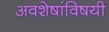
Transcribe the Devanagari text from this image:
अवशेषांविषयी